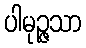
ပါမုဉ္ဇသာ